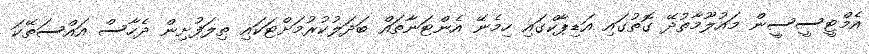
އެމްޓީސީސީން މައުލޫމާތުދޭ ގޮތުގައި އަޑިޕާކްގައި ހިމެނޭ އެންޓަނާތައް ބަދަލުކުރުމަށްޓަކައި ތިލަފުށިން ދެހާސް އައްސަތޭކަ